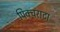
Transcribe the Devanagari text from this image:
पिक्चराटा